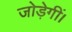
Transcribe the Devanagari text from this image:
जोड़ेगीं।